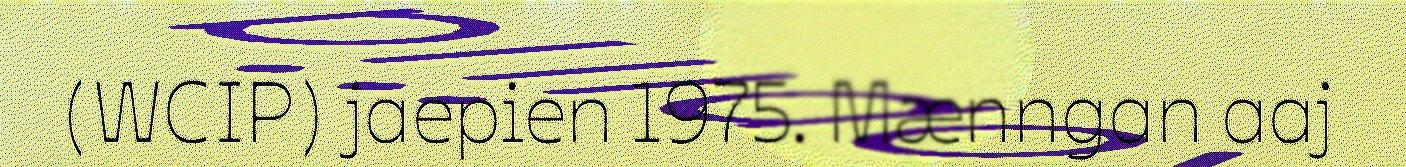
(WCIP) jaepien 1975. Mænngan aaj